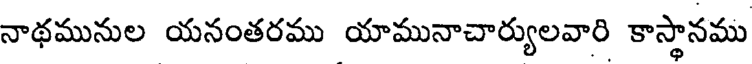
నాథమునుల యనంతరము యామునాచార్యులవారి కాస్థానము